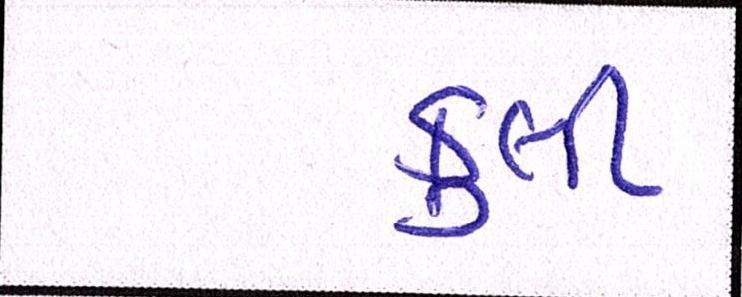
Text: કુલી